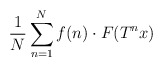
\begin{align*}\frac{1}{N}\sum_{n=1}^N f(n)\cdot F(T^nx)\end{align*}